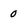
Character: 0